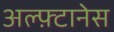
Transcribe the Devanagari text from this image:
अल्फ़्टानेस